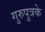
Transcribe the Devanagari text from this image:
गुरुपुत्रके